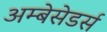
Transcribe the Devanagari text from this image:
अम्बेसेडर्स